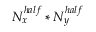
N _ { x } ^ { h a l f } * N _ { y } ^ { h a l f }